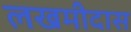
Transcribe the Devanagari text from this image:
लखमीदास